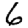
Digit: 6